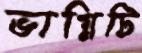
ভাগ্নিটি